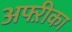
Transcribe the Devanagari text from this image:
अफ्ऱीका